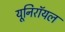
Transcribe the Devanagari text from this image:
यूनिरॉयल